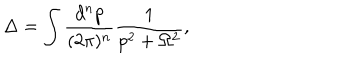
LaTeX: \Delta = \int \frac { d ^ { n } p } { ( 2 \pi ) ^ { n } } \frac { 1 } { p ^ { 2 } + \Omega ^ { 2 } } ,